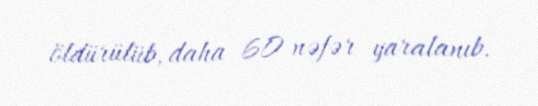
öldürülüb, daha 60 nəfər yaralanıb.